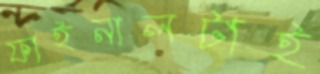
ফাইনালটাই